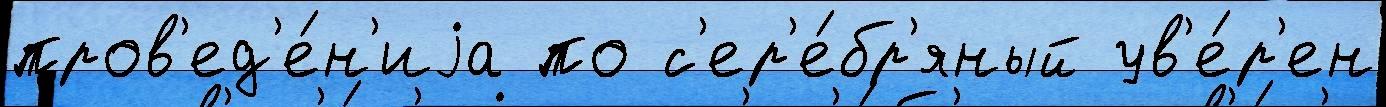
пров'ед'е́н'иjа по с'ер'е́бр'яный ув'е́р'ен